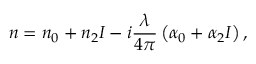
n = n _ { 0 } + n _ { 2 } I - i \frac { \lambda } { 4 \pi } \left( \alpha _ { 0 } + \alpha _ { 2 } I \right) ,